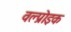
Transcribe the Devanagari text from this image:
वल्प्रोइक